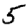
Digit: 5